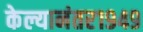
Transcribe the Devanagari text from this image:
केल्यानंतर१९४९